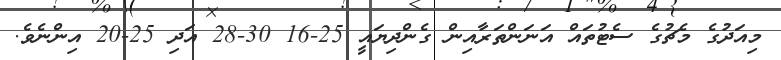
މިއަދުގެ މެޗުގެ ސެޓުތައް އަނަންތަރާއިން ގެންދިޔައީ 25-16 30-28 އަދި 25-20 އިންނެވެ.